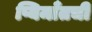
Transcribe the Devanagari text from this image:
प्यिमाँतची